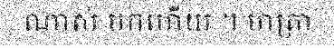
ណាស់ មកហើយ ។ មាត្រា